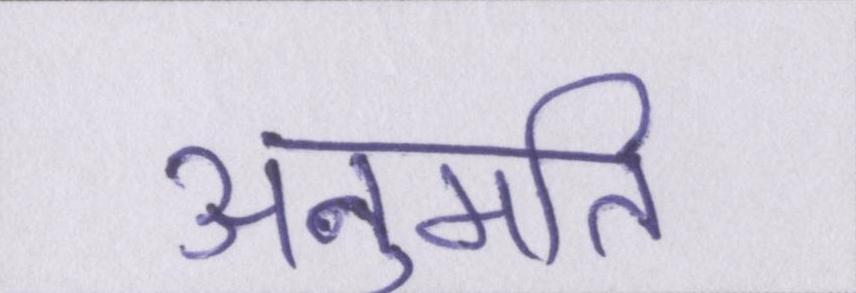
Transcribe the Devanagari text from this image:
अनुमति